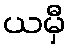
ယမှီ